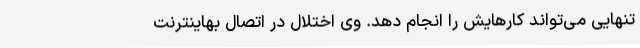
تنهایی می‌تواند کارهایش را انجام دهد. وی اختلال در اتصال بهاینترنت